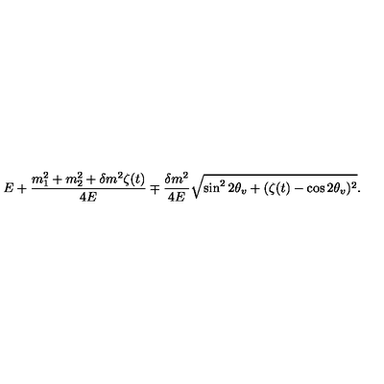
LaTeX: E + \frac { m _ { 1 } ^ { 2 } + m _ { 2 } ^ { 2 } + \delta m ^ { 2 } \zeta ( t ) } { 4 E } \mp \frac { \delta m ^ { 2 } } { 4 E } \sqrt { \sin ^ { 2 } { 2 \theta _ { v } } + ( \zeta ( t ) - \cos { 2 \theta _ { v } } ) ^ { 2 } } .